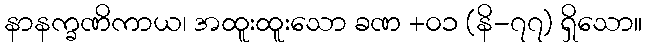
နာနက္ခဏိကာယ၊ အထူးထူးသော ခဏ +၀၁ (နိ-၇၇) ရှိသော။